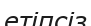
етіпсіз